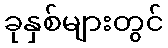
ခုနှစ်များတွင်